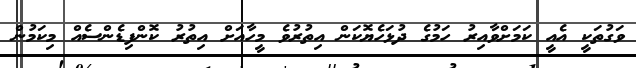
ވަގުތަކީ އެއީ ކަމަށްވާއިރު ހަމުގެ ދުޅަހެޔޮކަން އިތުރުވެ މީހާއަށް އިތުރު ކޮންފިޑެންސެއް މިކަމުން